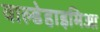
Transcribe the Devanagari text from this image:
वाल्डेहाइमिआ